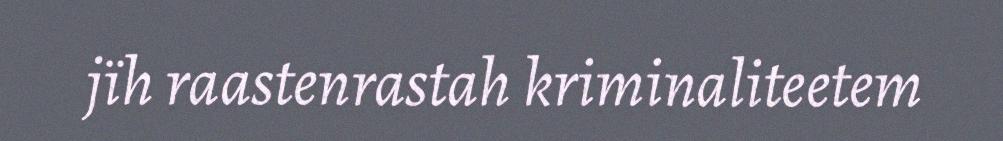
jïh raastenrastah kriminaliteetem